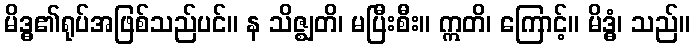
မိဒ္ဓ၏ရုပ်အဖြစ်သည်ပင်။ န သိဇ္ဈတိ၊ မပြီးစီး။ ဣတိ၊ ကြောင့်။ မိဒ္ဓံ၊ သည်။